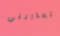
تعذريني